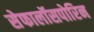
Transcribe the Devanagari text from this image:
सेफालॉसपोरिन